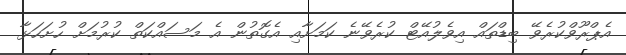
އެޕްރޫވްކުރެވޭ ބިޑްތައް އިވެލުއޭޓް ކުރެވޭނެ ކަމަށާއި އެގޮތުން އެ މަސައްކަތް ކުރުމަށް ހުށަހަޅާ